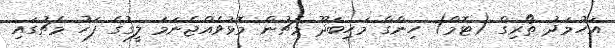
އަހުމަދު ތޯރިގް (ޓޮމް) ހިންގާ މަހިބަދޫ މެޗުން މޮޅުވެއްޖެނަމަ ލީގުގެ ފަހު މެޗުގައި